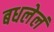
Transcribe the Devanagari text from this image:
बधलेलं